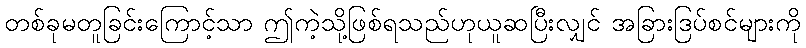
တစ်ခုမတူခြင်းကြောင့်သာ ဤကဲ့သို့ဖြစ်ရသည်ဟုယူဆပြီးလျှင် အခြားဒြပ်စင်များကို